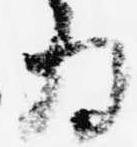
為